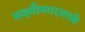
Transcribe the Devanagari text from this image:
लक्ष्मीनगरमध्ये